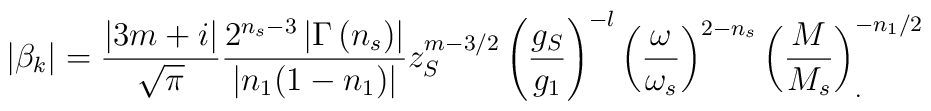
\left| \beta _k\right|=\frac{\left| 3m+i\right|} {\sqrt{\pi }}\frac{2^{n_s-3} \left|\Gamma \left( n_s\right)\right| }{|n_1(1-n_1)|} z_S^{m-3/2}\left( \frac{g_S}{g_1}\right) ^{-l}\left( \frac {\omega}{\omega_s}\right) ^{2-n_s}\left( \frac{M}{M_s}\right) ^{-n_1/2}_{.}